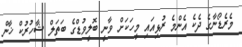
މެރެޑޯނާގެ ދެކެ އެންމެ ރުޅިއައި މީހަކަށް ވާނީ ބޮލީވުޑްގެ ބަތަލް ޝާހުރުކް ޚާން